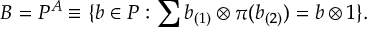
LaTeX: B = P ^ { A } \equiv \{ b \in P : \sum b _ { ( 1 ) } \otimes \pi ( b _ { ( 2 ) } ) = b \otimes 1 \} .